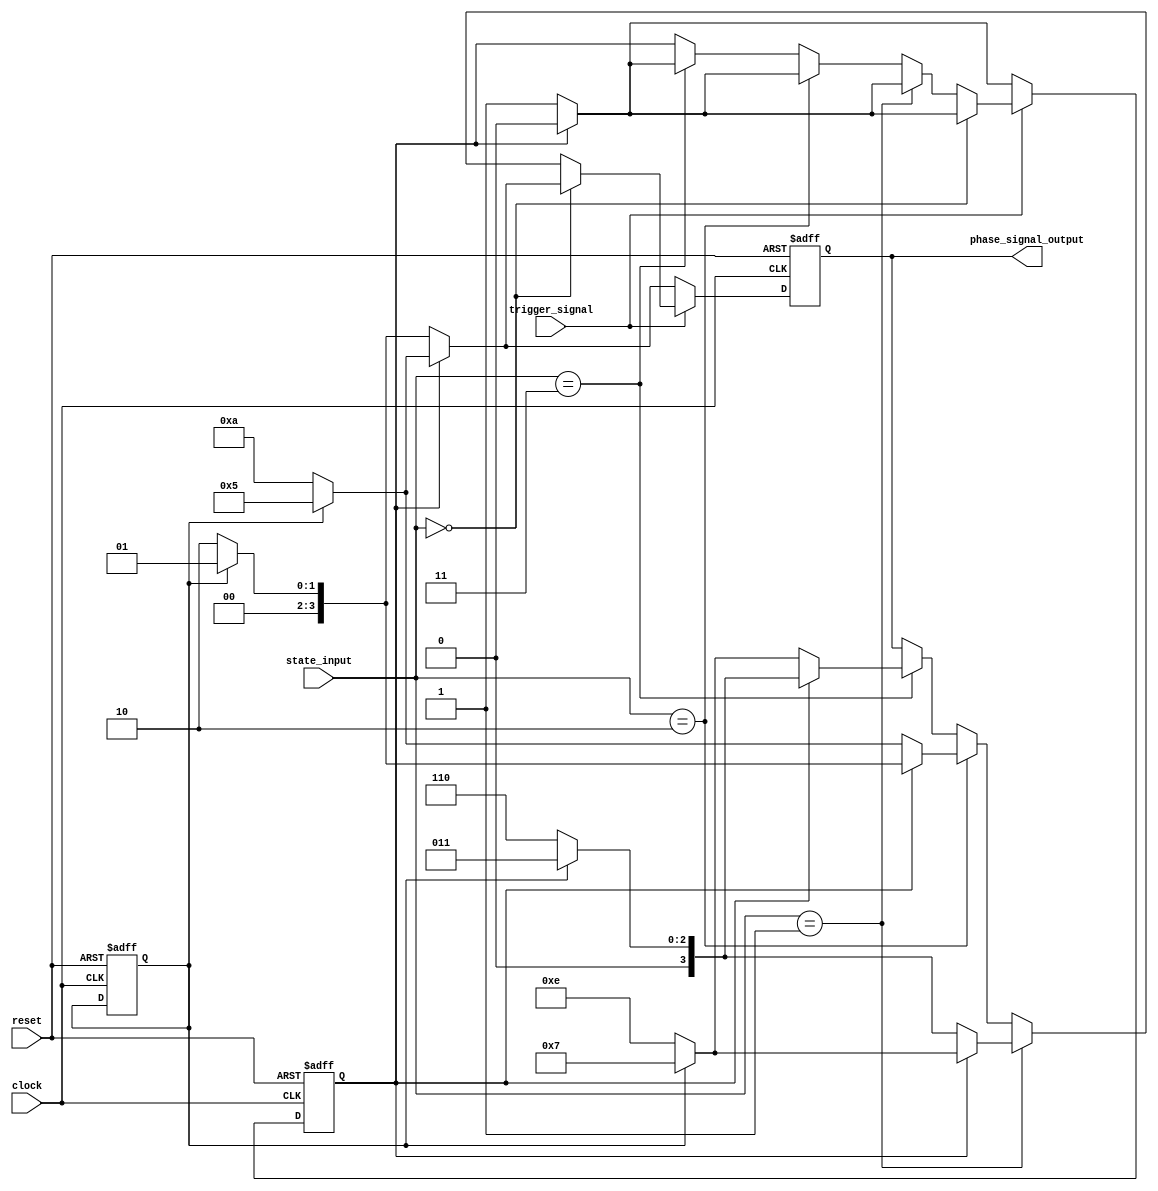
///////////////////////////////////////////////////////////////////////////////////////////////////
// Company: <Name>
//
// File history:
//      <Revision number>: <Date>: <Comments>
//      <Revision number>: <Date>: <Comments>
//      <Revision number>: <Date>: <Comments>
//
// Description: 
//
// <Description here>
//
// Targeted device: <Family::IGLOO> <Die::AGLN250V2> <Package::100 VQFP>
//
/////////////////////////////////////////////////////////////////////////////////////////////////// 
//`timescale <time_units> / <precision>

module phaser_modulator( clock, reset, trigger_signal, state_input, phase_signal_output );
input clock, reset;
input trigger_signal;
input[1:0] state_input;
output reg[3:0] phase_signal_output;

reg state;
reg tag_test;


always @(posedge clock or negedge reset)
begin
    if (!reset)
    begin
        phase_signal_output <= 0;
        state <= 0;
        tag_test <= 1;
    end
    else
    begin
        if (trigger_signal==1'b0)
        begin
            if (state==1'b0)
            begin
                if (tag_test==0)
                    //phase_signal_output <= 4'h0;
                    phase_signal_output <= 4'h2;
                else
                    phase_signal_output <= 4'h1;
                state <= 1'b1;
            end
            else if (state==1'b1)
            begin
                if (tag_test==0)
                    //phase_signal_output <= 4'h8;
                    phase_signal_output <= 4'hA;
                else
                    phase_signal_output <= 4'h5;
                state <= 1'b0;
            end
        end
        else if (trigger_signal==1'b1)
        begin
            if (state_input==2'h0)
            begin
                if (state==1'b0)
                begin
                    if (tag_test==0)
                        //phase_signal_output <= 4'h0;
                        phase_signal_output <= 4'h2;
                    else
                        phase_signal_output <= 4'h1;
                    state <= 1'b1;
                end
                else if (state==1'b1)
                begin
                    if (tag_test==0)
                        //phase_signal_output <= 4'h8;
                        phase_signal_output <= 4'hA;
                    else
                        phase_signal_output <= 4'h5;
                    state <= 1'b0;
                end
            end
            else if (state_input==2'h1)
            begin
                if (state==1'b0)
                begin
                    if (tag_test==0)
                        //phase_signal_output <= 4'h4;
                        phase_signal_output <= 4'h6;
                    else
                        phase_signal_output <= 4'h3;
                    state <= 1'b1;
                end
                else if (state==1'b1)
                begin
                    if (tag_test==0)
                        //phase_signal_output <= 4'hC;
                        phase_signal_output <= 4'hE;
                    else
                        phase_signal_output <= 4'h7;
                    state <= 1'b0;
                end
            end
            else if (state_input==2'h2)
            begin
                if (state==1'b0)
                begin
                    if (tag_test==0)
                        //phase_signal_output <= 4'h8;
                        phase_signal_output <= 4'hA;
                    else
                        phase_signal_output <= 4'h5;
                    state <= 1'b1;
                end
                else if (state==1'b1)
                begin
                    if (tag_test==0)
                        //phase_signal_output <= 4'h0;
                        phase_signal_output <= 4'h2;
                    else
                        phase_signal_output <= 4'h1;
                    state <= 1'b0;
                end
            end
            else if (state_input==2'h3)
            begin
                if (state==1'b0)
                begin
                    if (tag_test==0)
                        //phase_signal_output <= 4'hC;
                        phase_signal_output <= 4'hE;
                    else
                        phase_signal_output <= 4'h7;
                    state <= 1'b1;
                end
                else if (state==1'b1)
                begin
                    if (tag_test==0)
                        //phase_signal_output <= 4'h4;
                        phase_signal_output <= 4'h6;
                    else
                        phase_signal_output <= 4'h3;
                    state <= 1'b0;
                end
            end
        end
    end
end

endmodule